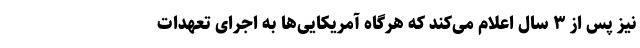
نیز پس از ۳ سال اعلام می‌کند که هرگاه آمریکایی‌ها به اجرای تعهدات